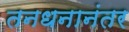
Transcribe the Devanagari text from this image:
तनधनानंतर